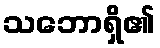
သဘောရှိ၏